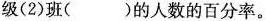
级(2)班( )的人数的百分率。